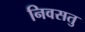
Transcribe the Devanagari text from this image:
निवसतु